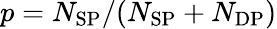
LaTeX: p=N_{\mathrm{SP}}/(N_{\mathrm{SP}}+N_{\mathrm{DP}})